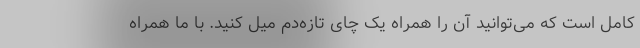
کامل است که می‌توانید آن را همراه یک چای تازه‌دم میل کنید. با ما همراه